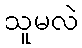
သူမလဲ